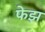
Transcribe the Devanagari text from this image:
फेझ